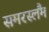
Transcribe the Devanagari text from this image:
समरस्लैंम